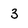
Character: 3